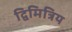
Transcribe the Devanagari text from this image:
द्विमित्रिय